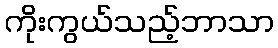
ကိုးကွယ်သည့်ဘာသာ